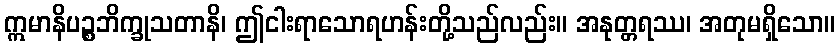
ဣမာနိပဉ္စဘိက္ခုသတာနိ၊ ဤငါးရာသောရဟန်းတို့သည်လည်း။ အနုတ္တရဿ၊ အတုမရှိသော။